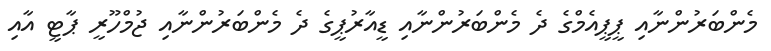
މެންބަރުންނާއި ޕީޕީއެމްގެ ދެ މެންބަރުންނާއި ޑީއާރުޕީގެ ދެ މެންބަރުންނާއި ޖުމްހޫރީ ޕާޓީ އާއި